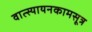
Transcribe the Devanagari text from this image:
वात्स्यायनकामसूत्र